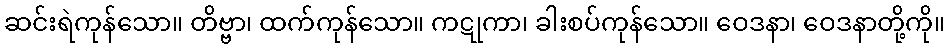
ဆင်းရဲကုန်သော။ တိဗ္ဗာ၊ ထက်ကုန်သော။ ကဋုကာ၊ ခါးစပ်ကုန်သော။ ဝေဒနာ၊ ဝေဒနာတို့ကို။